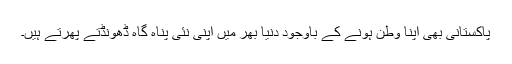
پاکستانی بھی اپنا وطن ہونے کے باوجود دنیا بھر میں اپنی نئی پناہ گاہ ڈھونڈتے پھرتے ہیں۔